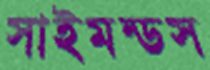
সাইমন্ডস